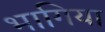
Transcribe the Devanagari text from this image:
भागिया